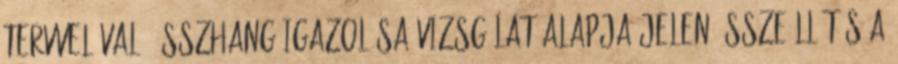
tervvel való összhang igazolása Vizsgálat alapja Jelen összeállítás a